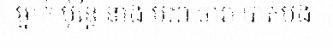
ម្នាក់ ប៉ុន្តែ នាង បដា ចារា បាត់បង់